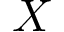
X